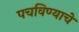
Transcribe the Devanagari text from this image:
पचविण्याचे